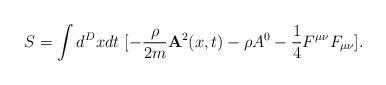
LaTeX: \begin{align*}S = \int d^Dx dt~[- \frac{\rho}{2 m} {\bf A}^2(x,t) - \rho A^0 - \frac{1}{4} F^{\mu\nu} F_{\mu\nu}] .\end{align*}